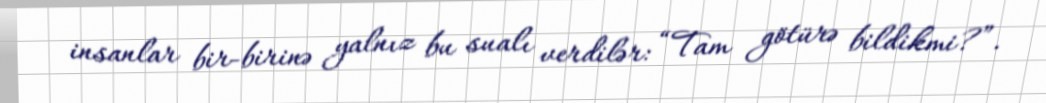
insanlar bir-birinə yalnız bu sualı verdilər: “Tam götürə bildikmi?”.